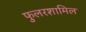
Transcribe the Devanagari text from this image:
फुलरशामिल